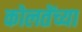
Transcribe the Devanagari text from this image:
कोलतेंच्या